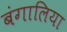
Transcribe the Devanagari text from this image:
बंगालिया